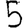
Digit: 5